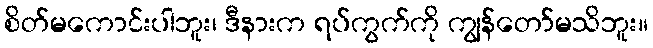
စိတ်မကောင်းပါဘူး၊ ဒီနားက ရပ်ကွက်ကို ကျွန်တော်မသိဘူး။